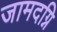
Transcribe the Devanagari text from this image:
जामदग्नि